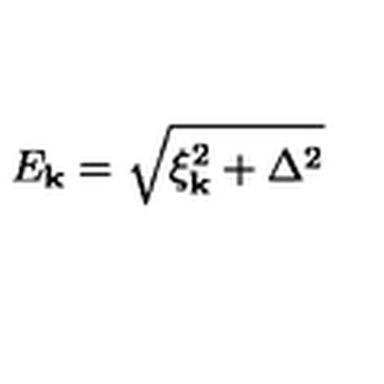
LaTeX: E _ { \bf k } = \sqrt { \xi _ { \bf k } ^ { 2 } + \Delta ^ { 2 } }